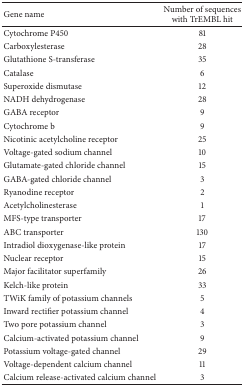
| Gene name | Number of sequences with TrEMBL hit |
 | --- | --- |
 | Cytochrome P450 | 81 |
 | Carboxylesterase | 28 |
 | Glutathione S-transferase | 35 |
 | Catalase | 6 |
 | Superoxide dismutase | 12 |
 | NADH dehydrogenase | 28 |
 | GABA receptor | 9 |
 | Cytochrome b | 9 |
 | Nicotinic acetylcholine receptor | 25 |
 | Voltage-gated sodium channel | 10 |
 | Glutamate-gated chloride channel | 15 |
 | GABA-gated chloride channel | 3 |
 | Ryanodine receptor | 2 |
 | Acetylcholinesterase | 1 |
 | MFS-type transporter | 17 |
 | ABC transporter | 130 |
 | Intradiol dioxygenase-like protein | 17 |
 | Nuclear receptor | 15 |
 | Major facilitator superfamily | 26 |
 | Kelch-like protein | 33 |
 | TWiK family of potassium channels | 5 |
 | Inward rectifier potassium channel | 4 |
 | Two pore potassium channel | 3 |
 | Calcium-activated potassium channel | 9 |
 | Potassium voltage-gated channel | 29 |
 | Voltage-dependent calcium channel | 11 |
 | Calcium release-activated calcium channel | 3 |